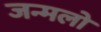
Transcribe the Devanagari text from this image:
जन्मलो